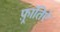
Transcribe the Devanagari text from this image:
फ़्रांतिऐ